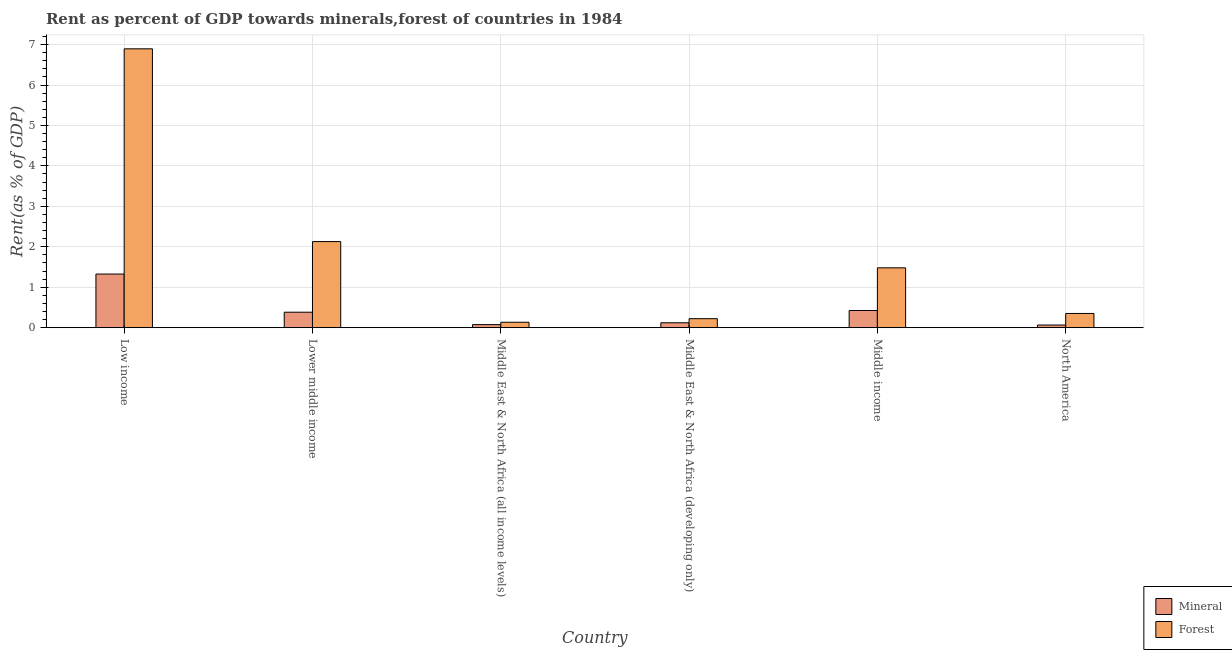
| Country | Mineral | Forest |
 | --- | --- | --- |
 | Low income | 1.33 | 6.9 |
 | Lower middle income | 0.382 | 2.13 |
 | Middle East & North Africa (all income levels) | 0.0752 | 0.134 |
 | Middle East & North Africa (developing only) | 0.121 | 0.222 |
 | Middle income | 0.424 | 1.48 |
 | North America | 0.0654 | 0.351 |